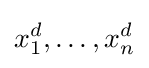
x_{1}^{d},\ldots ,x_{n}^{d}